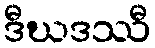
ဒီဃဒဿီ